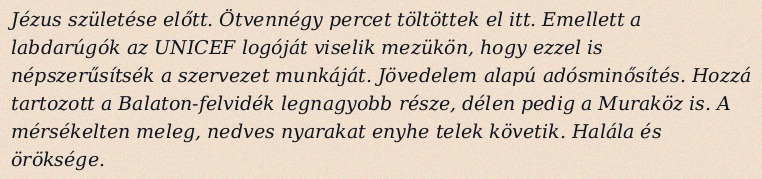
Jézus születése előtt. Ötvennégy percet töltöttek el itt. Emellett a labdarúgók az UNICEF logóját viselik mezükön, hogy ezzel is népszerűsítsék a szervezet munkáját. Jövedelem alapú adósminősítés. Hozzá tartozott a Balaton-felvidék legnagyobb része, délen pedig a Muraköz is. A mérsékelten meleg, nedves nyarakat enyhe telek követik. Halála és öröksége.